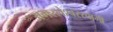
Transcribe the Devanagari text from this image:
अगस्‍लेश्‍वरस्‍वामी